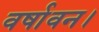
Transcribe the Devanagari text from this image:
वर्षावन।